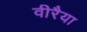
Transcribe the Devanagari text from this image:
वीरैया